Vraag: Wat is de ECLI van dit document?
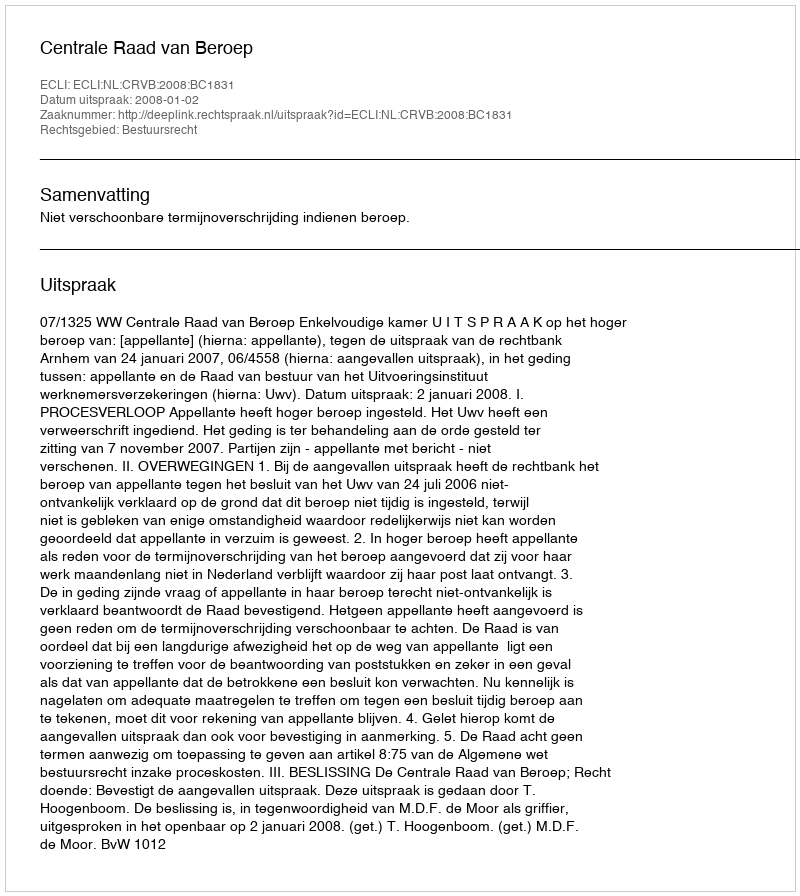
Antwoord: ECLI:NL:CRVB:2008:BC1831